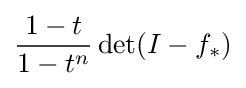
{\frac {1-t}{1-t^{n}}}\det(I-f_{*})